Annual report on the working of the lock hospitals in the North-Western Provinces and Oudh
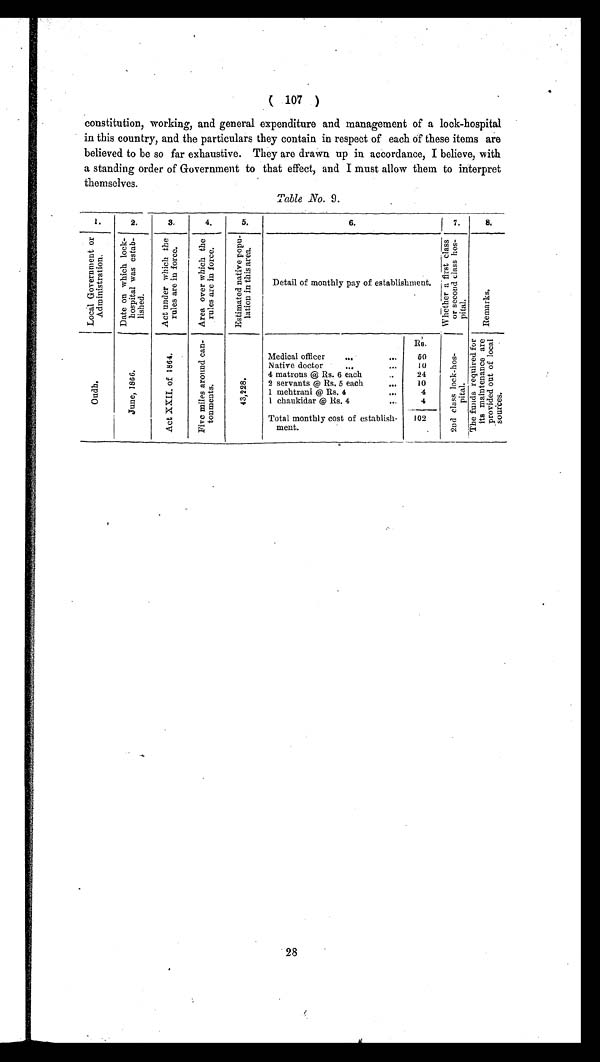
( 107 )
constitution, working, and general expenditure and management of a lock-hospital
in this country, and the particulars they contain in respect of each of these items are
believed to be so far exhaustive. They are drawn up in accordance, I believe, with
a standing order of Government to that effect, and I must allow them to interpret
themselves.
Table No. 9.
1.
2.
3.
4.
5.
6.
7.
8 .
L o c a l G o v e r n m e n t o r A d m i n i s t r a t i o n .
D a t e o n w h i c h l o c k -
h o s p i t a l w a s e s t a b -
l i s h e d .
A c t u n d e r w h i c h t h e r u l e s a r e i n f o r c e .
A r e a o v e r w h i c h t h e r u l e s a r e i n f o r c e .
E s t i m a t e d n a t i v e p o p u -
l a t i o n i n t h i s a r e a .
Detail of monthly pay of establishment.
W h e t h e r a f i r s t c l a s s
o r s e c o n d c l a s s h o s -
pital.
R e m a r k s .
O u d h .
J u n e , 1 8 6 6 .
A c t X X I I . o f 1 8 6 4 .
F i v e m i l e s a r o u n d c a n -
t o n m e n t s .
4 3 , 2 2 8 .
Rs.
2 n d c l a s s l o c k h o s -
p i t a l .
The f unds r equi r ed f or
i t s mai nt enance are
pr ovi ded out of l ocal
sources.
Medical officer
64.
...
50
Native doctor
...
...
10
4 matrons @ Rs. 6 each
..
24
2 servants @ Rs. 5 each
••4
10
1 mehtrani @ Rs. 4
4
4
1 chaukidar @ Rs. 4
.••
4
Total monthly cost of establish-
ment.
102
28